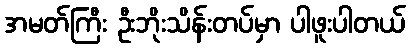
အမတ်ကြီး ဦးဘိုးသိန်းတပ်မှာ ပါဖူးပါတယ်